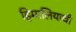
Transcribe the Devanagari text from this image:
हिमालियाची